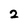
Character: 2